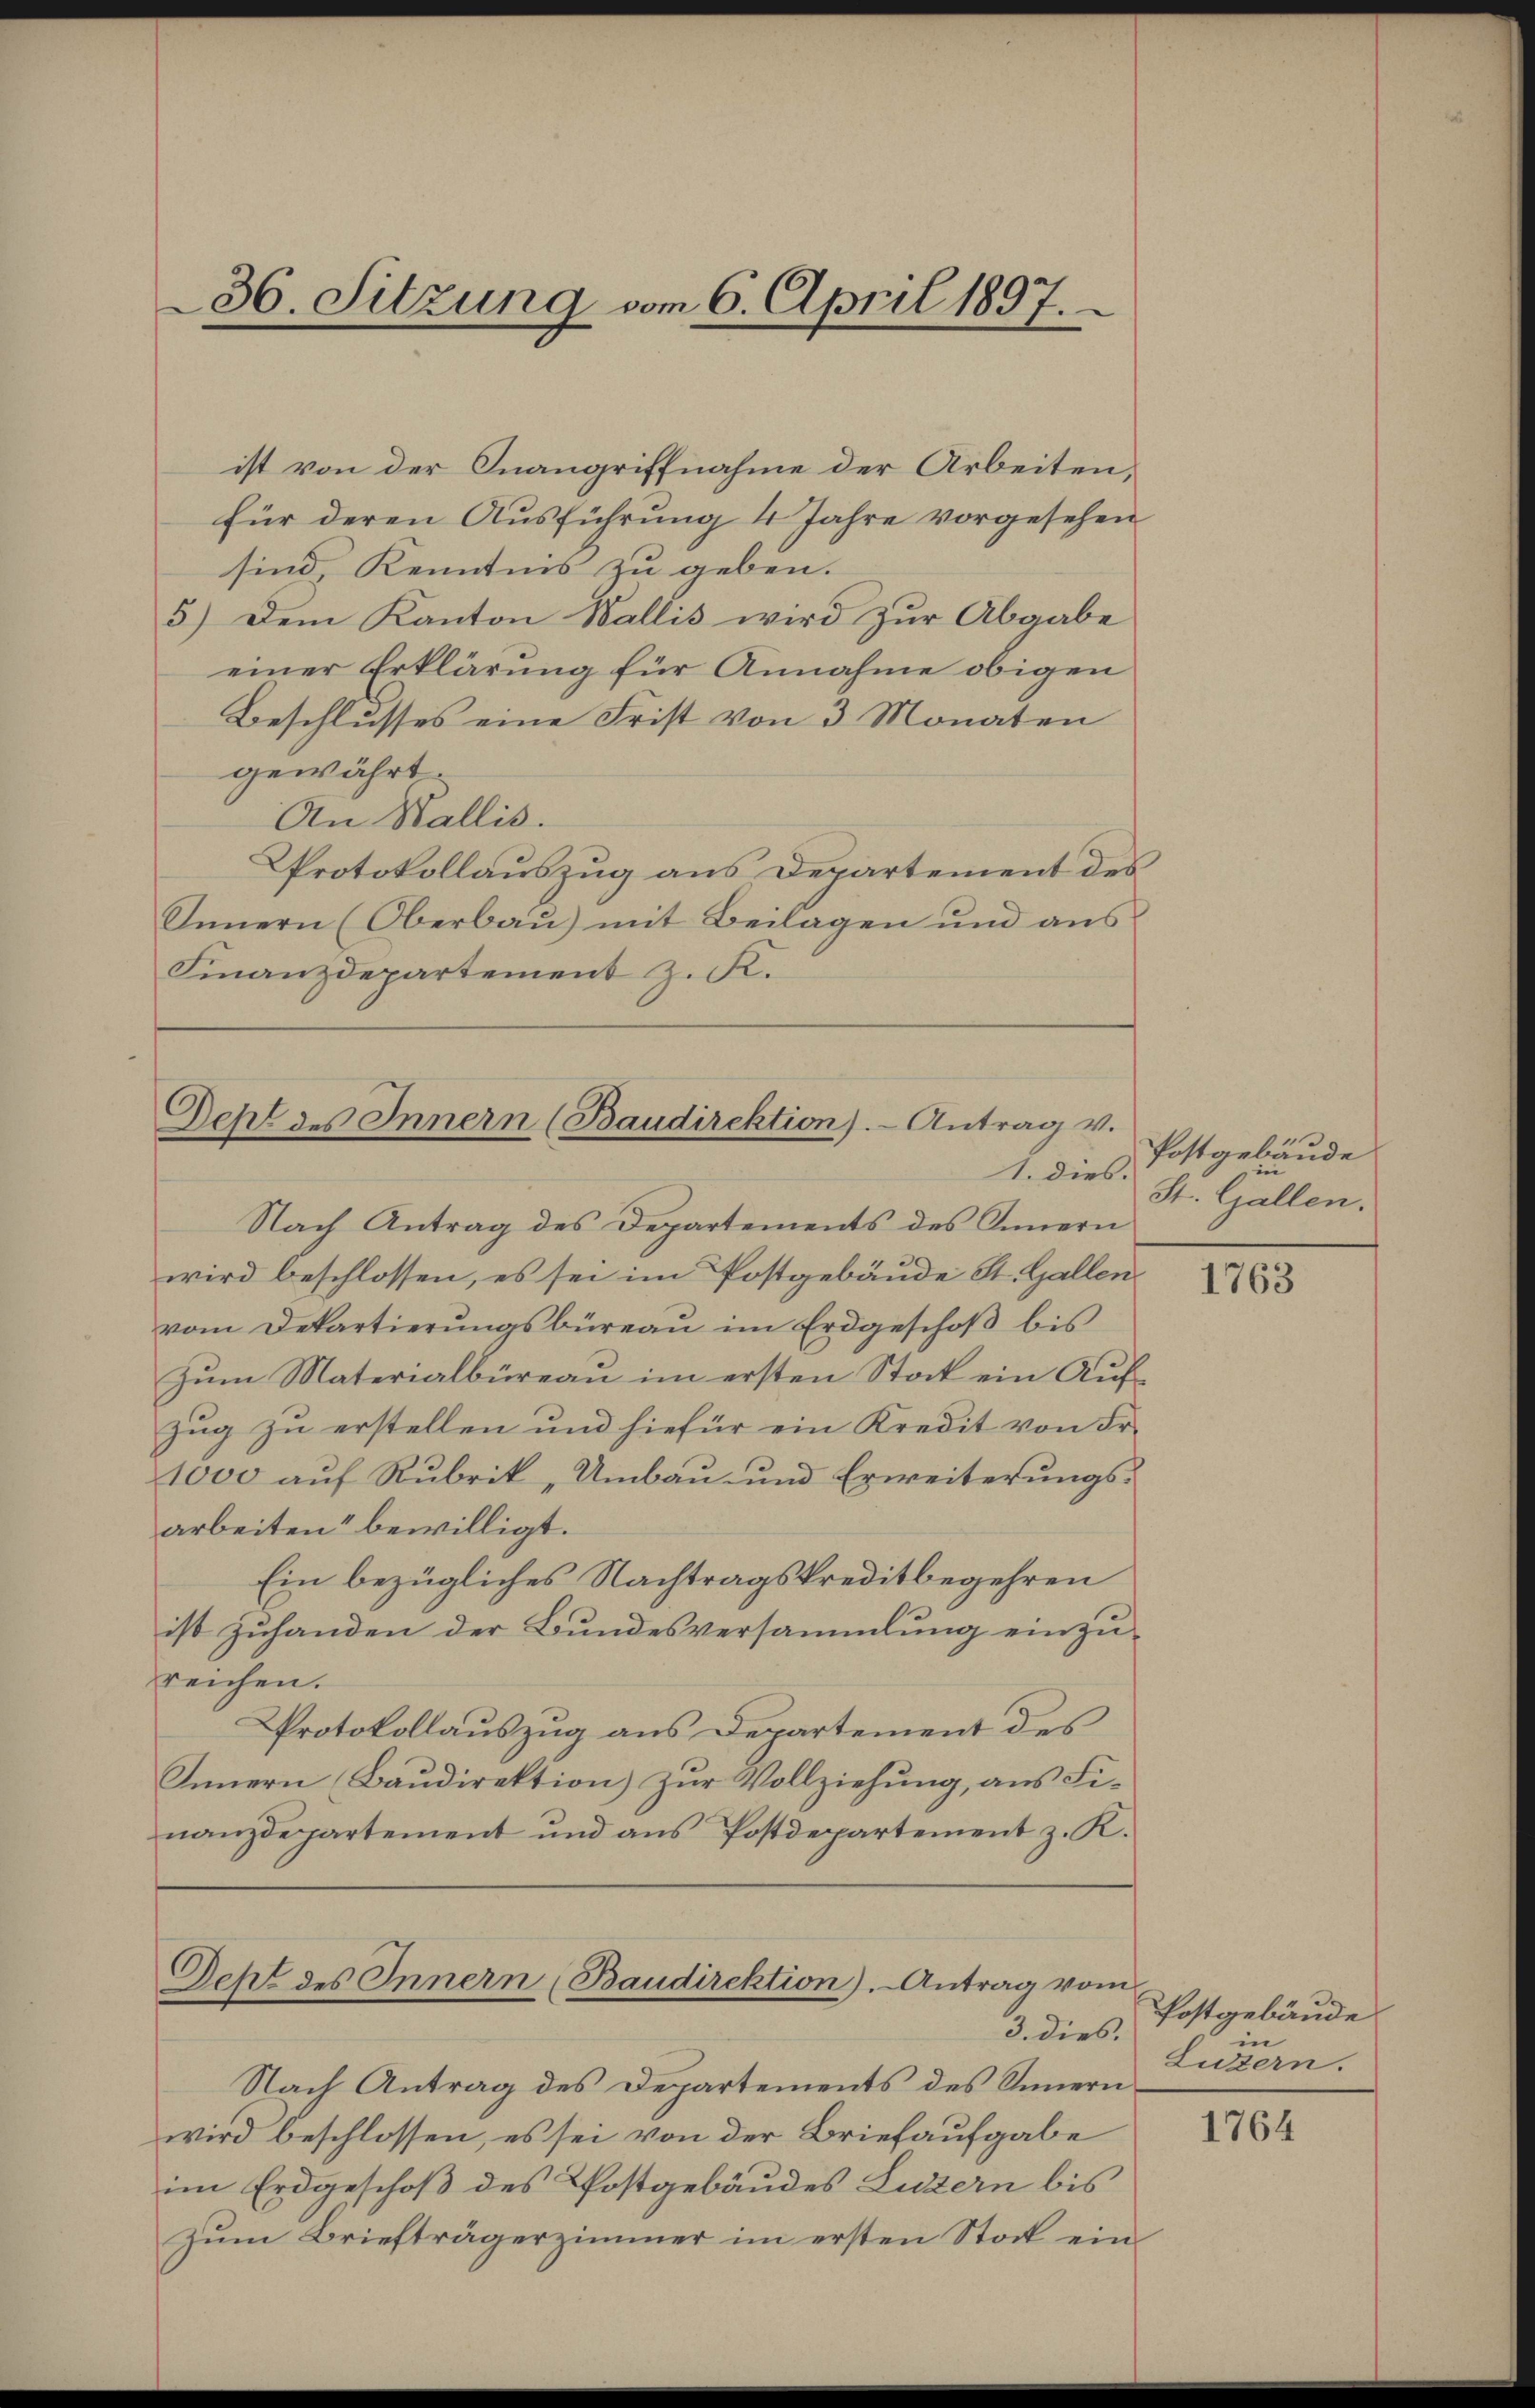
36. Sitzung vom 6. April 1897.

ist von der Inangriffnahme der Arbeiten,
für deren Ausführung 4 Jahre vorgesehen
sind, Kenntnis zu geben.
5.) Dem Kanton Wallis wird zur Abgabe
einer Erklärung für Annahme obigen
Beschlusses eine Frist von 3 Monaten
gewährt.
An Wallis.
Protokollauszug aus Departement des
Innern (Oberbau) mit Beilagen und aus¬
Finanzdepartement z. K.

Deht des Innern (Baudirektion). Antrag v.
1. dies.

Deht des Innern (Baudirektion). Antrag vom

Nach Antrag des Departements des Innern
wird beschlossen, es sei im Postgebäude St. Gallen
vom Dekartierŭngsbüreaŭ im Erdgeschoβ bis
Zŭm Materialbüreau im ersten Stock ein Auf-
Zug zu erstellen und hiefür ein Kredit von Fr.
1000 auf Rubrik, Umbau und Erweiterungsarbeiten“ bewilligt.
Ein bezügliches Nachtragskreditbegehren
ist zuhanden der Bundesversammlung einzureichen.
Protokollauszug aus Departement des
Innern Baudirektion) zur Vollziehung, aus Finanzdepartement und aus Postdepartement z. K.

3. dies.
Nach Antrag des Departements des Innern
wird beschlossen, es sei von der Briefaufgabe
im Erdgeschoß des Postgebäudes Luzern bis
zum Briefträgerzimmer im ersten Stock ein¬

Postgebäude
St. Gallen.

1763

Postgebäude
in
Luzern.

1764